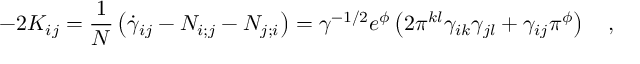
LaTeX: - 2 K _ { i j } = \frac { 1 } { N } \left( \dot { \gamma } _ { i j } - N _ { i ; j } - N _ { j ; i } \right) = \gamma ^ { - 1 / 2 } e ^ { \phi } \left( 2 \pi ^ { k l } \gamma _ { i k } \gamma _ { j l } + \gamma _ { i j } \pi ^ { \phi } \right) ~ ~ ~ ,